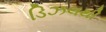
ડિઝલથી